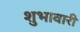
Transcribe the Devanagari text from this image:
शुभावारी